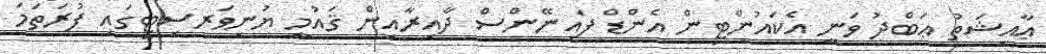
ޢާއިޝަތު ޢަބްދު ވަނީ އެކައުންޓިން އެންޑް ފައިނޭންސް ދާއިރާއިން ޤައުމީ ޔުނިވަރސިޓީގައި ފުރަތަމަ